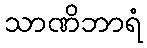
သာဏိဘာရံ